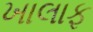
ખાલાફ